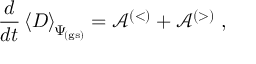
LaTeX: \frac { d } { d t } \left\langle D \right\rangle _ { \scriptstyle \! \Psi _ { \mathrm { \! { \scriptscriptstyle ( g s ) } } } } = { \mathcal A } ^ { ( < ) } + { \mathcal A } ^ { ( > ) } \; ,